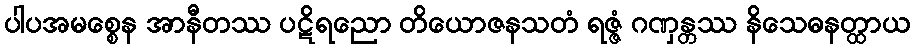
ပါပအမစ္စေန အာနီတဿ ပဋိရညော တိယောဇနသတံ ရဇ္ဇံ ဂဏှန္တဿ နိသေဓနတ္ထာယ